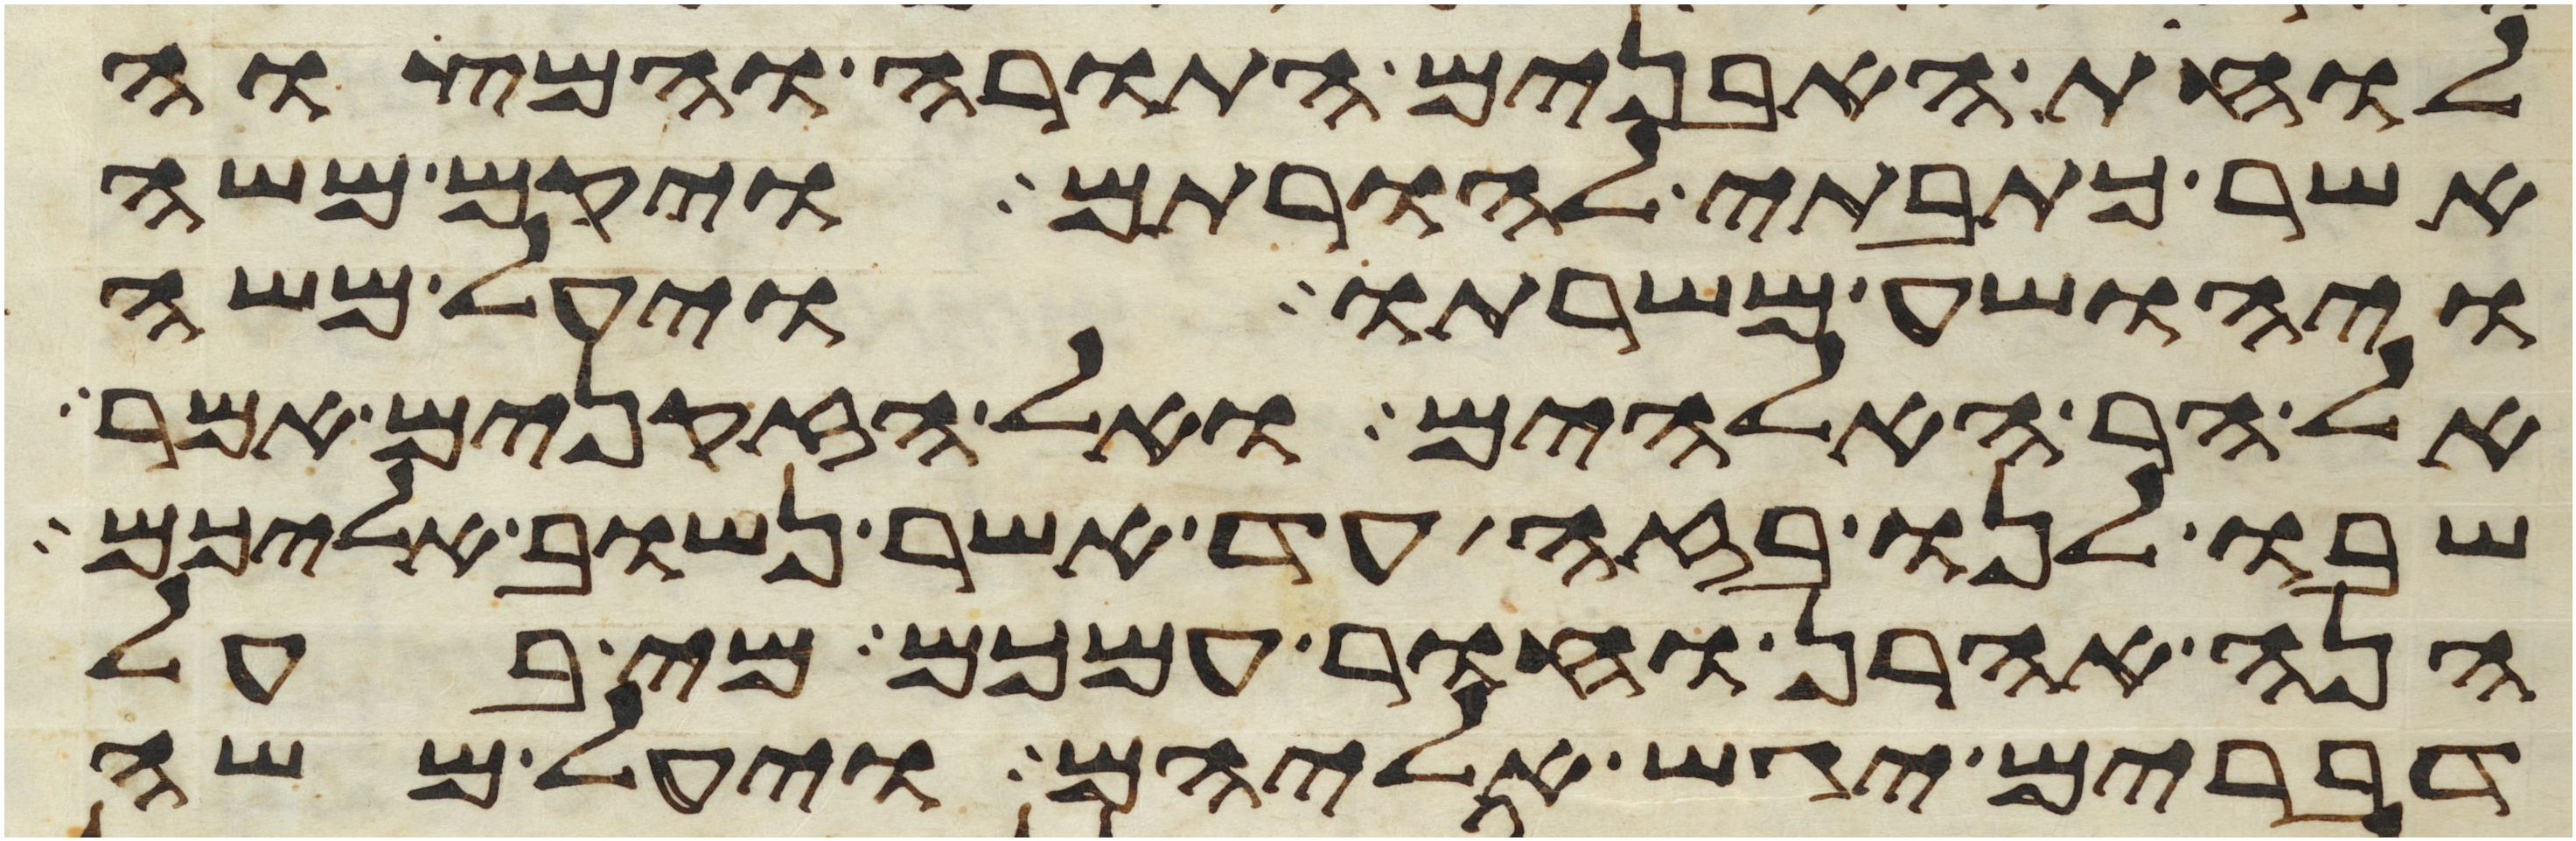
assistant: לוחת האבנים התורה והמצוה
אשר כתבתי להורתם ויקם משה
ויהושע משרתו ויעל משה
אל הר האלהים ואל הזקנים אמר
שבו לנו בזה עד אשר נשוב אליכם
הנה אהרן וחור עמכם מי בעל
דברים יגש אליהם ויעל משה